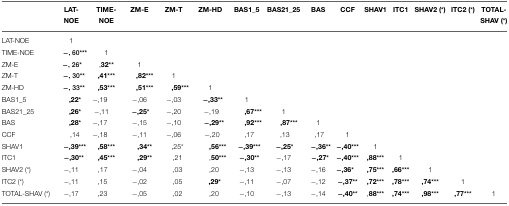
|  | LAT-NOE | TIME-NOE | ZM-E | ZM-T | ZM-HD | BAS1_5 | BAS21_25 | BAS | CCF | SHAV1 | ITC1 | SHAV2 (*) | ITC2 (*) | TOTAL-SHAV (*) |
 | --- | --- | --- | --- | --- | --- | --- | --- | --- | --- | --- | --- | --- | --- | --- |
 | LAT-NOE | 1 |  |  |  |  |  |  |  |  |  |  |  |  |  |
 | TIME-NOE | −,60*** | 1 |  |  |  |  |  |  |  |  |  |  |  |  |
 | ZM-E | −,26* | ,32** | 1 |  |  |  |  |  |  |  |  |  |  |  |
 | ZM-T | −,30** | ,41*** | ,82*** | 1 |  |  |  |  |  |  |  |  |  |  |
 | ZM-HD | −,33** | ,53*** | ,51*** | ,59*** | 1 |  |  |  |  |  |  |  |  |  |
 | BAS1_5 | ,22* | −,19 | −,06 | −,03 | −,33** | 1 |  |  |  |  |  |  |  |  |
 | BAS21_25 | ,26* | −,11 | −,25* | −,20 | −,19 | ,67*** | 1 |  |  |  |  |  |  |  |
 | BAS | ,28* | −,17 | −,15 | −,10 | −,29** | ,92*** | ,87*** | 1 |  |  |  |  |  |  |
 | CCF | ,14 | −,18 | −,11 | −,06 | −,20 | ,17 | ,13 | ,17 | 1 |  |  |  |  |  |
 | SHAV1 | −,39*** | ,58*** | ,34** | ,25* | ,56*** | −,39*** | −,25* | −,36** | −,40*** | 1 |  |  |  |  |
 | ITC1 | −,30** | ,45*** | ,29** | ,21 | ,50*** | −,30** | −,17 | −,27* | −,40*** | ,88*** | 1 |  |  |  |
 | SHAV2 (*) | −,11 | ,17 | −,04 | ,03 | ,20 | −,13 | −,13 | −,16 | −,36* | ,75*** | ,66*** | 1 |  |  |
 | ITC2 (*) | −,11 | ,15 | −,02 | ,05 | ,29* | −,11 | −,07 | −,12 | −,37** | ,72*** | ,78*** | ,74*** | 1 |  |
 | TOTAL-SHAV (*) | −,17 | ,23 | −,05 | ,02 | ,20 | −,10 | −,13 | −,14 | −,40** | ,88*** | ,74*** | ,98*** | ,77*** | 1 |